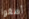
أصغوا